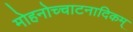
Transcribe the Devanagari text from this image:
मोहनोच्चाटनादिकम्